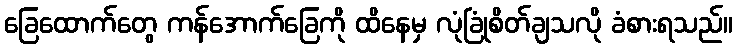
ခြေထောက်တွေ ကန်အောက်ခြေကို ထိနေမှ လုံခြုံစိတ်ချသလို ခံစားရသည်။